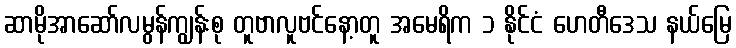
ဆာမိုအာဆော်လမွန်ကျွန်းစု တူဗာလူဗင်နော့တူ အမေရိက ၁ နိုင်ငံ ဟေတီဒေသ နယ်မြေ